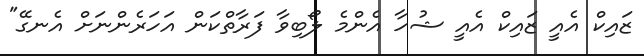
ޒައިކް އެއީ ޒައިކް އެއީ ޝުހާ އެންމެ ލޯބިވާ ފަރާތްކަން އަހަރެންނަށް އެނގޭ"